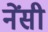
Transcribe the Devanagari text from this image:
नेंसी